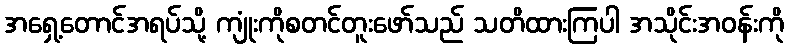
အရှေ့တောင်အရပ်သို့ ကျုံးကိုစတင်တူးဖော်သည် သတိထားကြပါ အသိုင်းအဝန်းကို